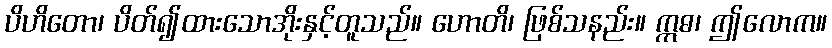
ပိဟိတော၊ ပိတ်၍ထားသောအိုးနှင့်တူသည်။ ဟောတိ၊ ဖြစ်သနည်း။ ဣဓ၊ ဤလောက။